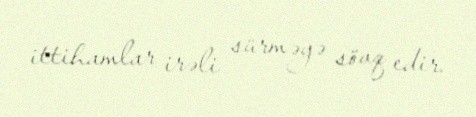
ittihamlar irəli sürməyə sövq edir.